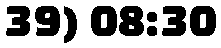
39) 08:30